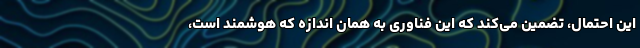
این احتمال، تضمین می‌کند که این فناوری به همان اندازه که هوشمند است،